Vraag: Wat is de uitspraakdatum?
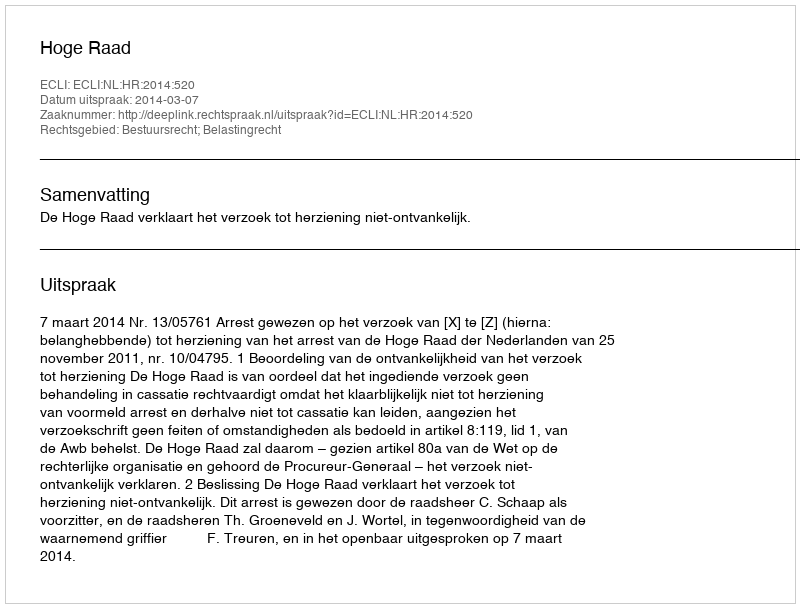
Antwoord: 2014-03-07